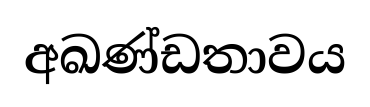
අඛණ්ඩතාවය